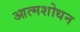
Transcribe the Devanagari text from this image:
आत्मशोधन